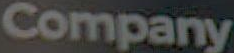
Company